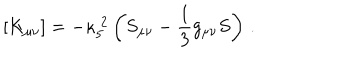
\left[ K _ { \mu \nu } \right] = - \kappa _ { 5 } ^ { ~ 2 } \left( S _ { \mu \nu } - { \frac { 1 } { 3 } } g _ { \mu \nu } S \right) \, .